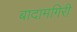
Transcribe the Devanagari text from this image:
बादामगिरी